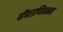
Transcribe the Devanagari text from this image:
पोंपराप्पिननम